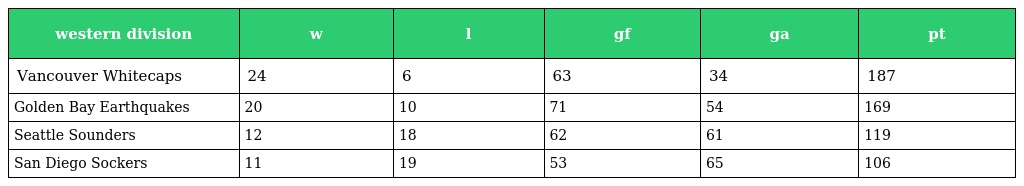
| western division | w | l | gf | ga | pt |
 | --- | --- | --- | --- | --- | --- |
 | Vancouver Whitecaps | 24 | 6 | 63 | 34 | 187 |
 | Golden Bay Earthquakes | 20 | 10 | 71 | 54 | 169 |
 | Seattle Sounders | 12 | 18 | 62 | 61 | 119 |
 | San Diego Sockers | 11 | 19 | 53 | 65 | 106 |